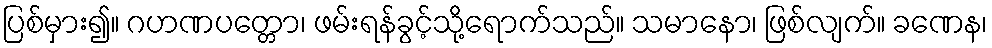
ပြစ်မှား၍။ ဂဟဏပတ္တော၊ ဖမ်းရန်ခွင့်သို့ရောက်သည်။ သမာနော၊ ဖြစ်လျက်။ ခဏေန၊